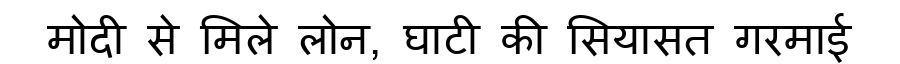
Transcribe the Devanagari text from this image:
मोदी से मिले लोन, घाटी की सियासत गरमाई